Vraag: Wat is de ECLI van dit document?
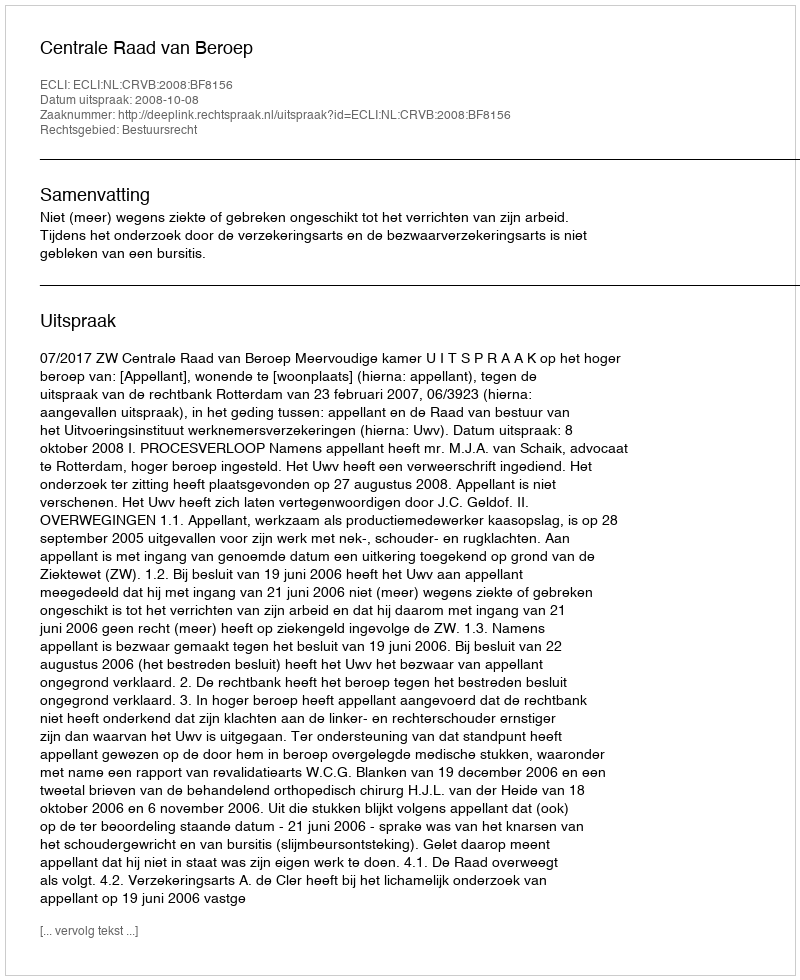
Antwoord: ECLI:NL:CRVB:2008:BF8156